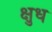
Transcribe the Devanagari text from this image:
क्षुध